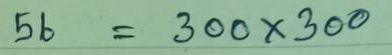
56 = 300 x 300